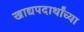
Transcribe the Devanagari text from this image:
खाद्यपदार्थांच्या